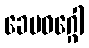
ခေမဝဂ္ဂေါ